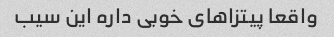
واقعا پیتزاهای خوبی داره این سیب